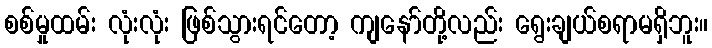
စစ်မှုထမ်း လုံးလုံး ဖြစ်သွားရင်တော့ ကျနော်တို့လည်း ရွေးချယ်စရာမရှိဘူး။